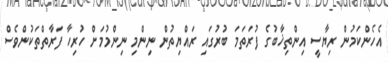
އެހެންކަމުން ރިޔާސީ އިންތިޚާބުގެ ފުރަތަމަ ބުރުގައި ރައްޔިތުން ނިންމި ނިންމުމަށް ހުރިހާ ފަރާތްތަކުންވެސް